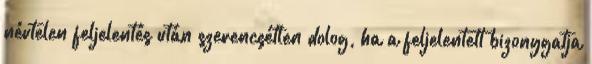
névtelen feljelentés után szerencsétlen dolog, ha a feljelentett bizonygatja